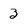
Character: 3